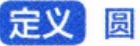
定义 圆